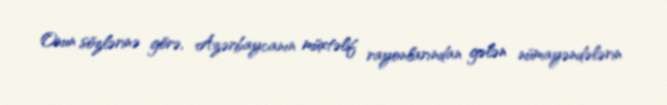
Onun sözlərinə görə, Azərbaycanın müxtəlif rayonlarından gələn nümayəndələrin